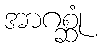
အာဂစ္ဆုံ